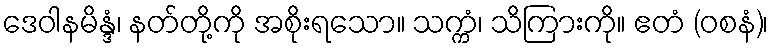
ဒေဝါနမိန္ဒံ၊ နတ်တို့ကို အစိုးရသော။ သက္ကံ၊ သိကြားကို။ ဧတံ (ဝစနံ)၊